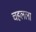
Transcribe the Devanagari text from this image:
चहलला